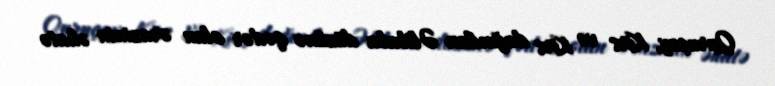
Quruçay, Kirs və Kirs dağından Əlibaba düzünə qədər olan ərazinin əhatə